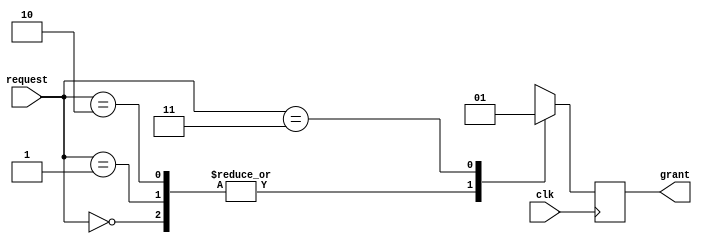
module fixed_priority_arbiter (
  input wire clk,
  input wire [1:0] request, // Input request lines
  output reg grant          // Output grant line
);

always @(posedge clk) begin
  case (request)
    2'b00: grant <= 1'b0;
    2'b01: grant <= 1'b0;
    2'b10: grant <= 1'b0;
    2'b11: grant <= 1'b1;
    default: grant <= 1'b0;
  endcase
end

endmodule

module testbench;
  reg clk;
  reg [1:0] request;
  wire grant;

  fixed_priority_arbiter uut (
    .clk(clk),
    .request(request),
    .grant(grant)
  );

  always begin
    #5 clk = ~clk;
  end

  initial begin
    clk = 0;
    request = 2'b00;

    #10 request = 2'b01;
    #10 request = 2'b10;
    #10 request = 2'b11;

    $finish;
  end

  always @(posedge clk) begin
    $display("Grant = %b", grant);
  end

endmodule